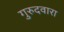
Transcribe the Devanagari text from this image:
गुरुदवारा